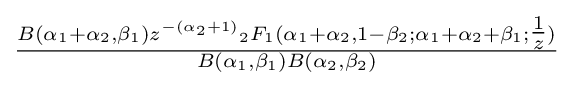
{\tfrac {B(\alpha _{1}+\alpha _{2},\beta _{1})z^{-(\alpha _{2}+1)}{}_{2}F_{1}(\alpha _{1}+\alpha _{2},1-\beta _{2};\alpha _{1}+\alpha _{2}+\beta _{1};{\tfrac {1}{z}})}{B(\alpha _{1},\beta _{1})B(\alpha _{2},\beta _{2})}}